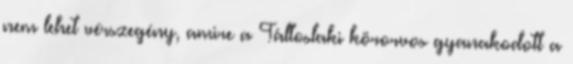
nem lehet vérszegény, amire a Táltoslaki körorvos gyanakodott a